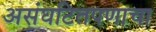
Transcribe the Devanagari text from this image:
असंघटितपणाचा